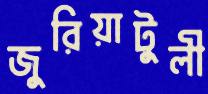
জুরিয়াটুলী